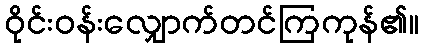
ဝိုင်းဝန်းလျှောက်တင်ကြကုန်၏။